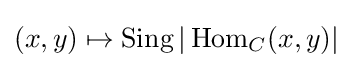
(x,y)\mapsto \operatorname {Sing} |\operatorname {Hom} _{C}(x,y)|